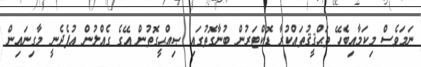
ނަމަވެސް މިކަމާއިބެހޭ ތަޙްޤީޤުތައްކުރާ ޑޮކްޓަރުން ބުނާގޮތުގައި ޞިއްޙީގޮތުން އޭގެ ގެއްލުން އުފެދެނީ މާގިނައިން